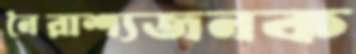
নৈরাশ্যজনক